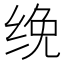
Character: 𰬜